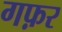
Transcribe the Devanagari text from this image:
गफ़र